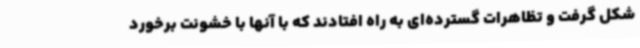
شکل گرفت و تظاهرات گسترده‌ای به راه افتادند که با آنها با خشونت برخورد